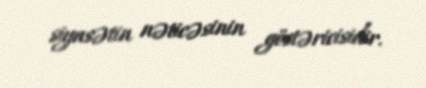
siyasətin nəticəsinin göstəricisidir.